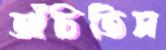
আঁচিতিস